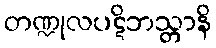
တဏ္ဍုလပဋိဘသ္တာနိ